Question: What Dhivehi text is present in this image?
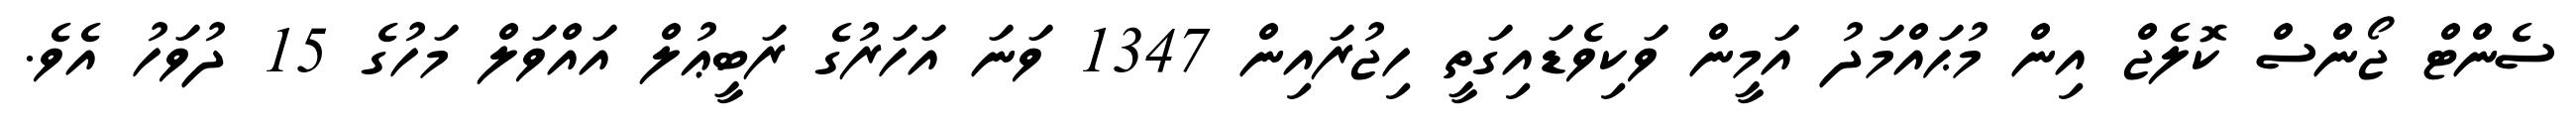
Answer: ސެންޓް ޖޯންސް ކޮލެޖް އިން މުޙައްމަދު އަމީން ވަކިވެޑައިގަތީ ހިޖުރައިން 1347 ވަނަ އަހަރުގެ ރަބީޢުލް އައްވަލް މަހުގެ 15 ދުވަހު އެވެ.